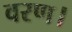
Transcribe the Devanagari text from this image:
वरण।